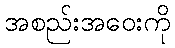
အစည်းအဝေးကို